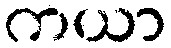
ကယာ